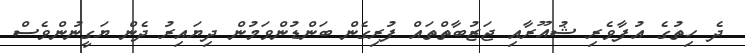
ދެ ހިތުގެ އުފާވެރި ޝުއޫރާއި ޖަޒުބާތްތައް ފުރިގެން ބަންޑުންވަމުން ދިޔައިރު ދެން ޔަގީނުންވެސް